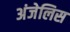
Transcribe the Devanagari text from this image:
अंजेलिस